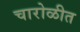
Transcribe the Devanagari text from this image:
चारोळीत